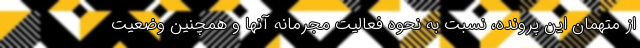
از متهمان این پرونده، نسبت به نحوه فعالیت مجرمانه آنها و همچنین وضعیت